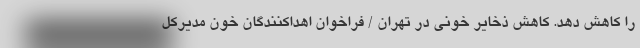
را کاهش دهد. کاهش ذخایر خونی در تهران / فراخوان اهداکنندگان خون مدیرکل